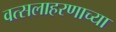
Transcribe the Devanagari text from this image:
वत्सलाहरणाच्या